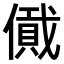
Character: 𠏞